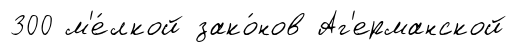
300 м'е́лкой зако́нов Аг'ерманской